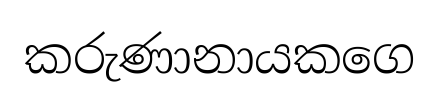
කරුණානායකගෙ